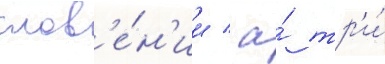
слов'е́н'ии / а́ тр'и́